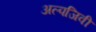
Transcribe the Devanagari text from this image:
अल्पजिवी